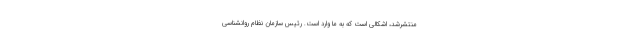
منتشرشد، اشکالی است که به ما وارد است. رئیس سازمان نظام روانشناسی